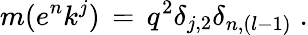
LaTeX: m(e^{n}k^{j})\, =\, q^{2}\delta_{j,2}\delta_{n,(l-1)}\; .